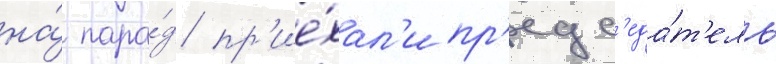
на́ пара́д пр'ие́хал'и пр'едс'еда́т'ель